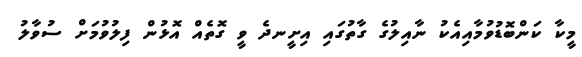
މީކާ ކަންބޮޑުވުމާއިއެކު ނާއިލުގެ ގާތުގައި އިށީނދެ ވީ ގޮތެއް އޮޅުން ފިލުވުމަށް ސުވާލު